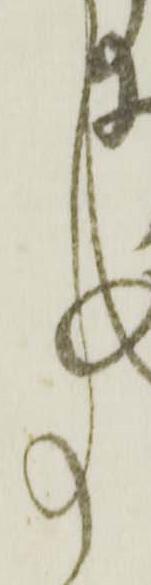
事